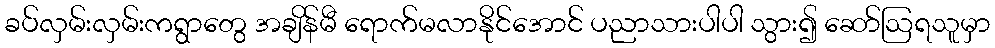
ခပ်လှမ်းလှမ်းကရွာတွေ အချိန်မီ ရောက်မလာနိုင်အောင် ပညာသားပါပါ သွား၍ ဆော်ဩရသူမှာ